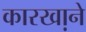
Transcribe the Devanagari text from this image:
कारखा़ने